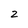
Character: 2